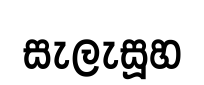
සැලැසූහ